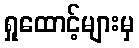
ရှုထောင့်များမှ